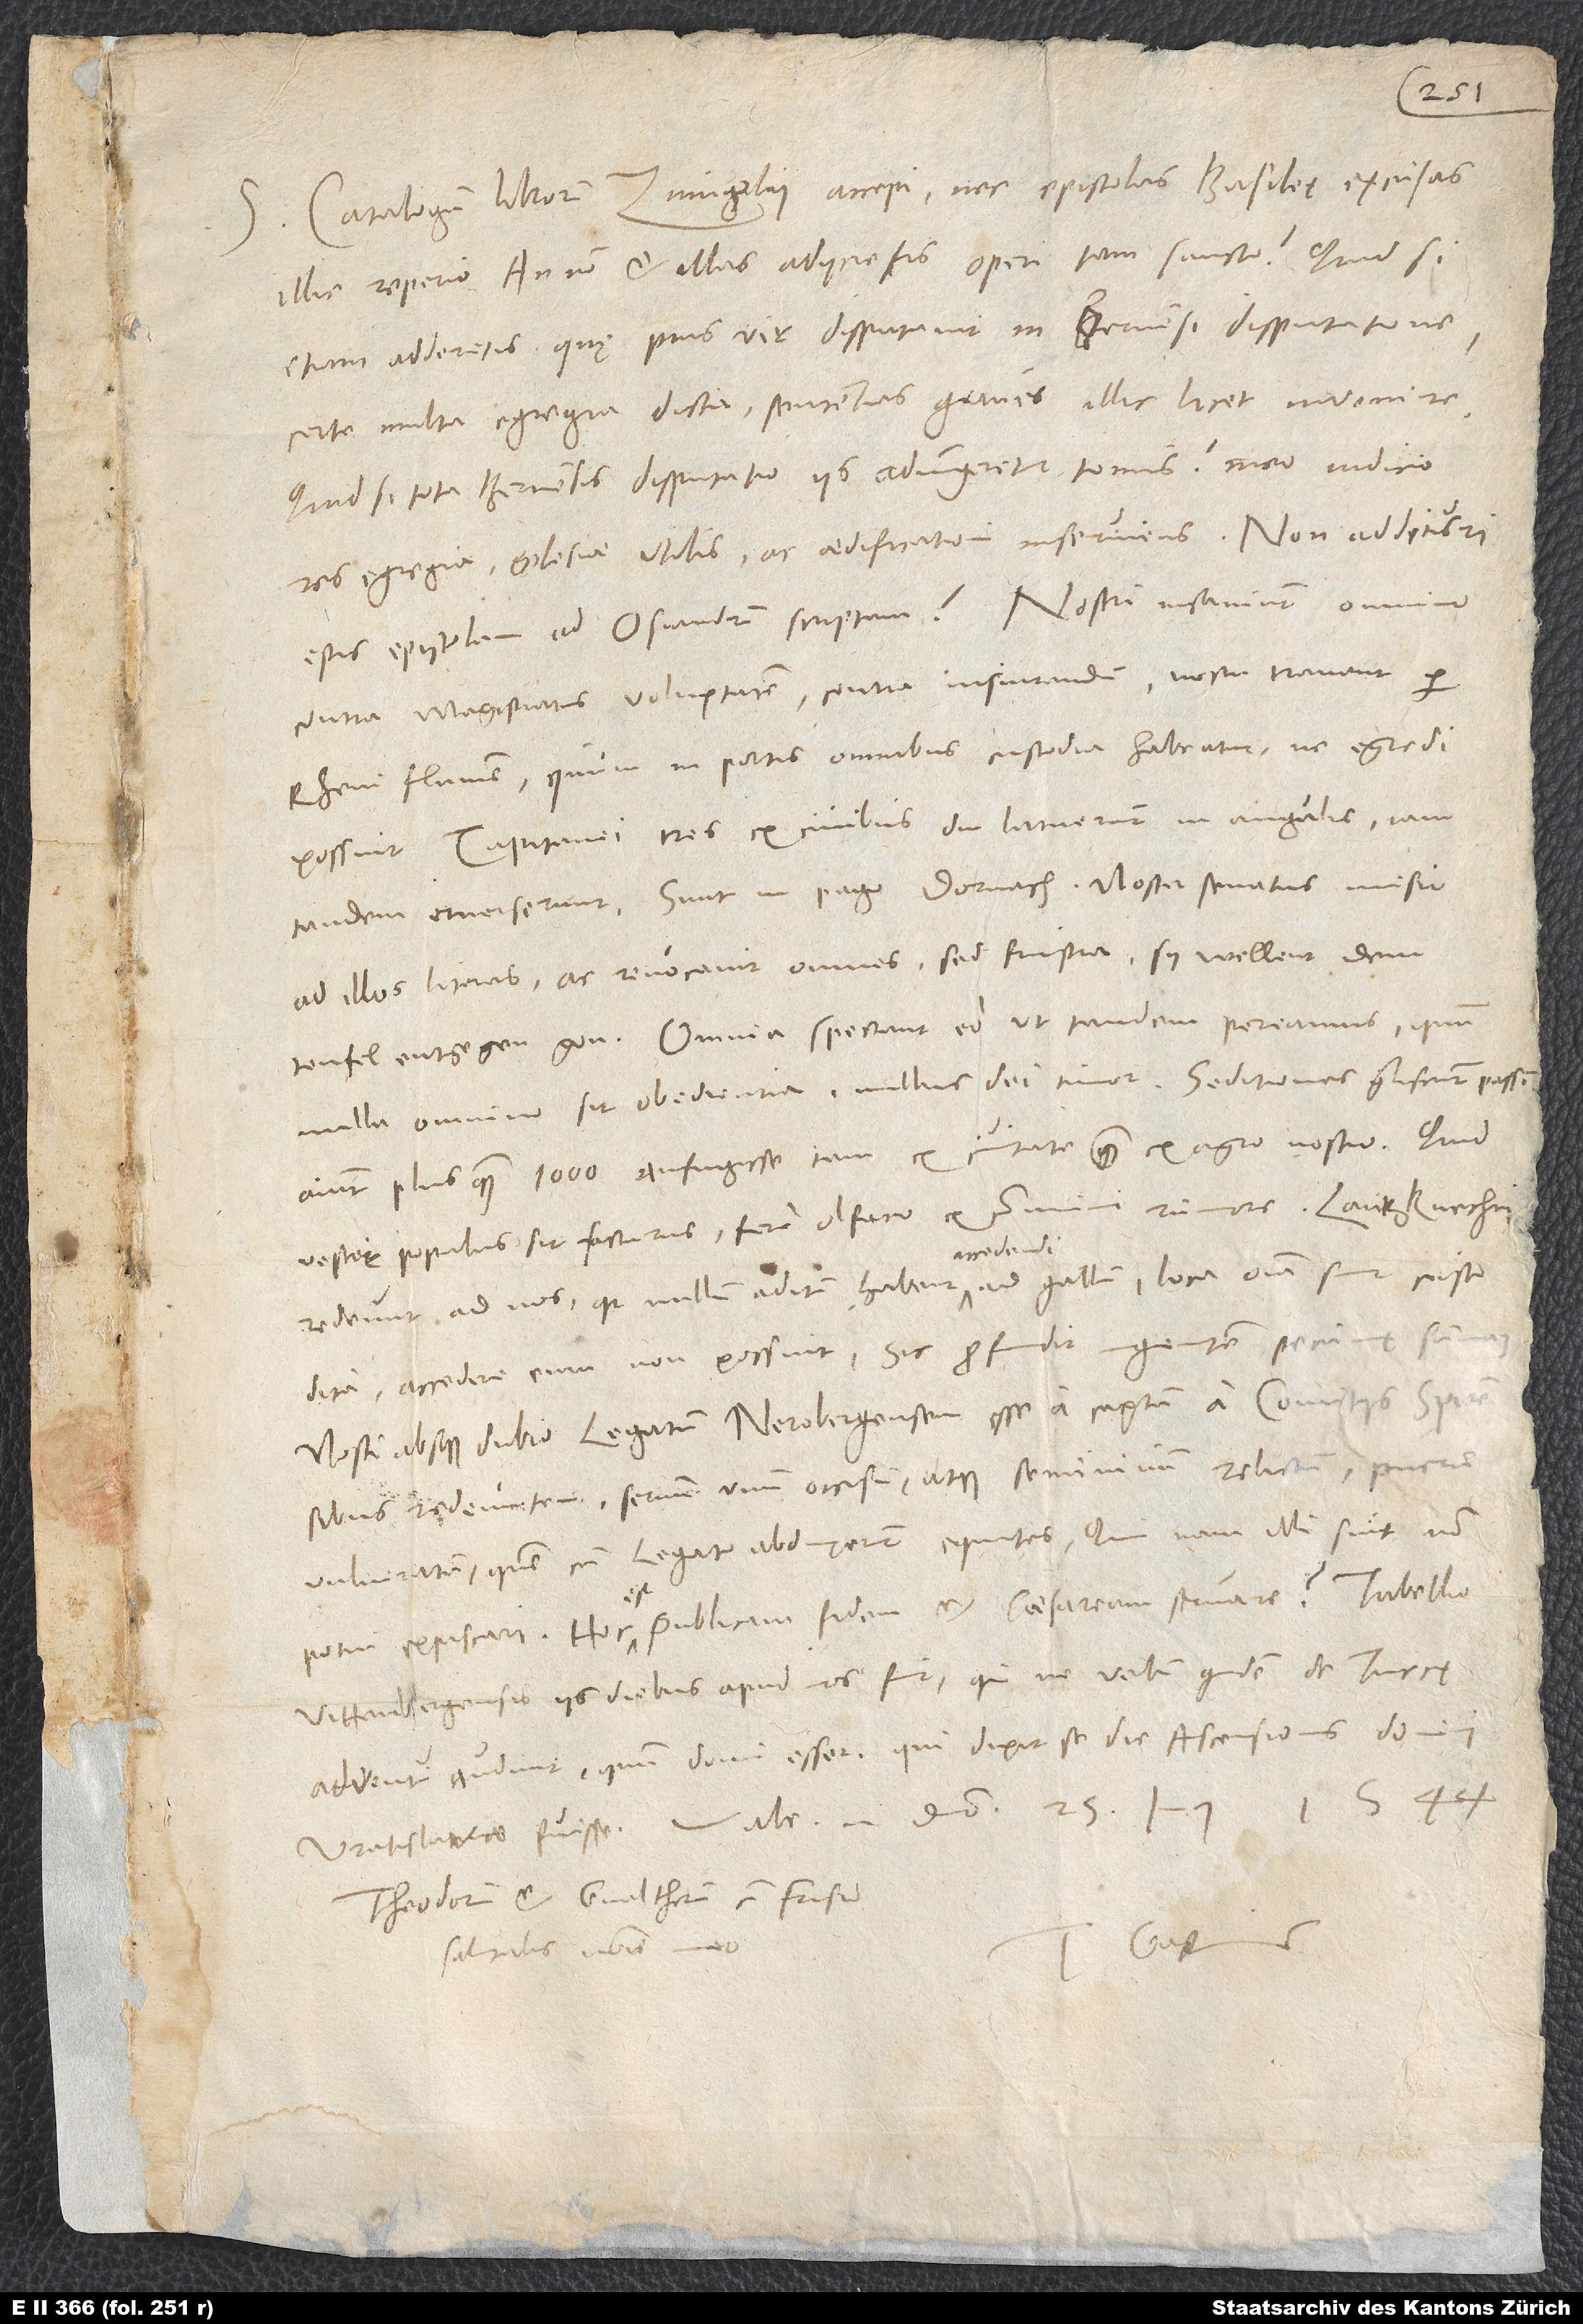
S. Catalogum librorum Zvinglii accepi nec epistolas Basileę excusas
illic reperio; annon et illas adiicietis operi tam sancto? Quid, si
etiam adderetis, quę pius vir disputavit in Bernensi disputatione?
Certe multa egregia dicta, sententias graves illic licet invenire.
Quid, si tota Bernensis disputatio iis adiungeretur tomis? Meo iudicio
res egregia, ecclesiae utilis ac aedificationi inserviens. Non addituri
estis epistolam ad Osiandrum scriptam? Nostri insaniunt omnino
contra magistratus voluntatem, contra iusiurandum: Noctu tranant per
Rheni flumen, quum in portis omnibus custodia habeatur, ne egredi
possint. Capitanei tres ex civibus diu latuerunt in angulis, iam
tandem emerserunt; sunt in pago Dornach. Noster senatus misit
ad illos literas ac revocavit omnes, sed frustra; sy wellent dem
teufel entgegen gon. Omnia spectant eo, ut tandem pereamus, quum
nulla omnino sit obedientia, nullus dei timor. Seditiones gliscunt passim;
aiunt plus quam 1’000 aufugisse tam ex civitate quam ex agro nostro. Quid
vester populus sit facturus, fere olfacio ex communi rumore. Lantzknechti
redeunt ad nos, quia nullum aditum habent accedendi ad Gallum; loca omnia sunt custodita,
accedere eum non possunt. Sic profundit ingentem pecunię summam.
Nosti absque dubio legatum Nerobergensem esse captum a comitiis Spirensibus
redeuntem, servum unum occisum atque semivivum relictum, puerum
vulneratum, quem cum legato abduxerunt equites. Qui nam illi sint, non
potui expiscari. Hoc est publicam fidem et caesaream servare! Tabellio
Vittenbergensis iis diebus apud nos fuit, qui ne verbum quidem de Turcę
adventu audivit, quum domi esset; qui dixit se die ascensionis domini
Theodorum et Gvaltherum cum Frisio
Tuus Gastius.
salutabis nomine meo.